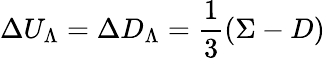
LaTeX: \Delta U_{\Lambda}=\Delta D_{\Lambda}=\frac{1}{3}(\Sigma-D)